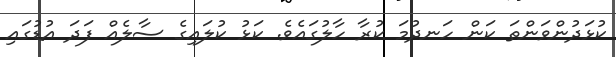
ކުޅަދުންވަންތަ ކަން ހަނދުމަ ކުރާ ހާލުގައެވެ. ކަޅު ކުލައިގެ ސާލެއް ފަދަ އުޑުގައި